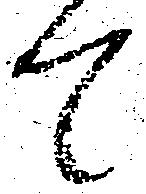
て